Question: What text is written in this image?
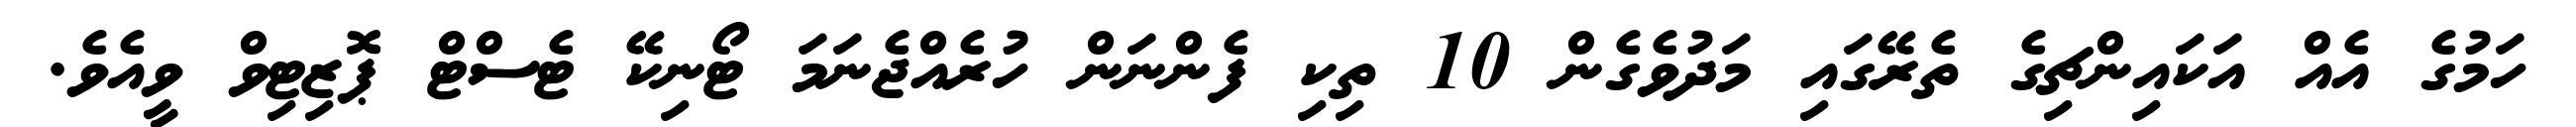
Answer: ހަމުގެ އެއް އަކައިންޗިގެ ތެރޭގައި މަދުވެގެން 10 ތިކި ފެންނަން ހުރެއްޖެނަމަ ޓޯނިކޭ ޓެސްޓް ޕޮޒިޓިވް ވީއެވެ.